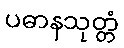
ပဓာနသုတ္တံ